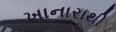
ખાનારાથી